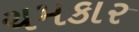
ચમકાર